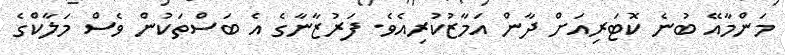
މަންމާއޭ ބުނެ ކޮޓަރިއަށް ދާން އަމާޒުކުރިއެވެ. ފަރުޒާނާގެ އެ ބަސްތަކުން ވެސް މަލާކްގެ